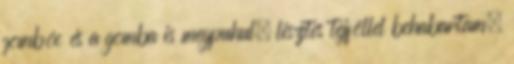
gombóc és a gomba is megpuhul, lisztes tejföllel behabartam.